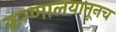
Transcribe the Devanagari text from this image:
रुग्णालयातूनच